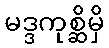
မဒ္ဒကုစ္ဆိမှိ